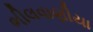
ભીલવાણીયા